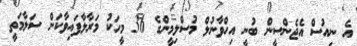
އެ ނިއުސް އެޖެންސީން ބުނީ އިހްވާނުލް މުސްލިމީންގެ 36 މީހަކު މަރާލާފައިވާކަން ސަލާމަތީ